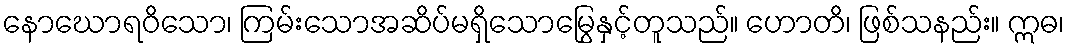
နောဃောရဝိသော၊ ကြမ်းသောအဆိပ်မရှိသောမြွေနှင့်တူသည်။ ဟောတိ၊ ဖြစ်သနည်း။ ဣဓ၊